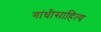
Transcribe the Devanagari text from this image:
गांधीसाहित्य